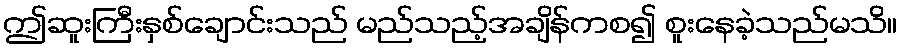
ဤဆူးကြီးနှစ်ချောင်းသည် မည်သည့်အချိန်ကစ၍ စူးနေခဲ့သည်မသိ။